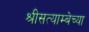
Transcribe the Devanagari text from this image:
श्रीसत्याम्बेच्या